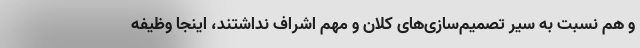
و هم نسبت به سیر تصمیم‌سازی‌های کلان و مهم اشراف نداشتند، اینجا وظیفه